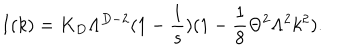
I ( k ) = K _ { D } \Lambda ^ { D - 2 } ( 1 - \frac { 1 } { s } ) ( 1 - \frac { 1 } { 8 } \Theta ^ { 2 } \Lambda ^ { 2 } k ^ { 2 } ) .